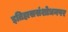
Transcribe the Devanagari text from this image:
इतिहाससंशोधनपर